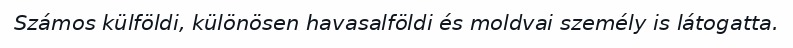
Számos külföldi, különösen havasalföldi és moldvai személy is látogatta.